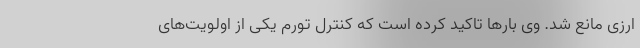
ارزی مانع شد. وی بارها تاکید کرده است که کنترل تورم یکی از اولویت‌های